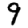
Digit: 9